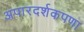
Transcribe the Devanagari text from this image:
अपारदर्शकपणा